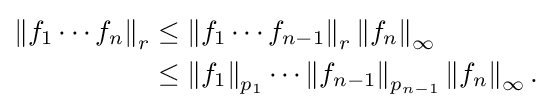
{\begin{aligned}\left\|f_{1}\cdots f_{n}\right\|_{r}&\leq \left\|f_{1}\cdots f_{n-1}\right\|_{r}\left\|f_{n}\right\|_{\infty }\\&\leq \left\|f_{1}\right\|_{p_{1}}\cdots \left\|f_{n-1}\right\|_{p_{n-1}}\left\|f_{n}\right\|_{\infty }.\end{aligned}}